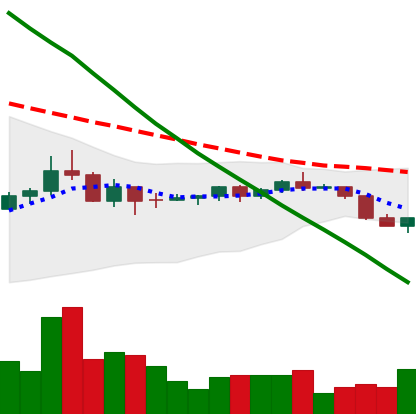
Ticker: DOGE-USD
Chart end date: 2022-07-13
Forward return: 9.301%
Label: up_7plus